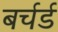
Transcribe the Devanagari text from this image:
बर्चर्ड